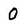
Character: O